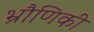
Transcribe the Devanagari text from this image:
भ्रौणिकी